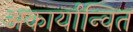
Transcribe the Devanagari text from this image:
अकार्यान्वित